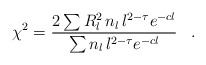
\begin{align*}\chi^2=\frac{2\sum R_l^2\,n_l\,l^{2-\tau}e^{-cl}}{\sum n_l\,l^{2-\tau}e^{-cl}}\,\,\,\,\,.\,\,\,\,\,\end{align*}